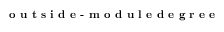
\textbf { o u t s i d e - m o d u l e d e g r e e }